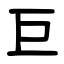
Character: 巨